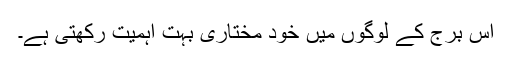
اس برج کے لوگوں میں خود مختاری بہت اہمیت رکھتی ہے۔